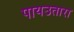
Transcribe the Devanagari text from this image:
पायउतारा